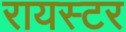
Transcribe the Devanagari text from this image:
रायस्टर